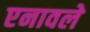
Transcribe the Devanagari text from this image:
एनावले